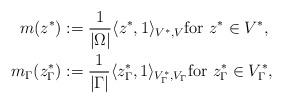
LaTeX: \begin{align*}m(z^*) & := \frac{1}{|\Omega|} \langle z^*,1 \rangle_{V^*,V} {\rm for~} z^* \in V^*, \\m_\Gamma(z_\Gamma^*) & := \frac{1}{|\Gamma|} \langle z_\Gamma^*,1 \rangle_{V_\Gamma^*,V_\Gamma} {\rm for~} z_\Gamma^* \in V_\Gamma^*, \end{align*}